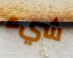
شيء